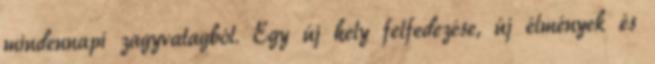
mindennapi zagyvatagból. Egy új hely felfedezése, új élmények és